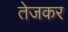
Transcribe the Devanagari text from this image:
तेजकर